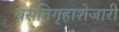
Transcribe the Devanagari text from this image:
वसतिगृहाशेजारी